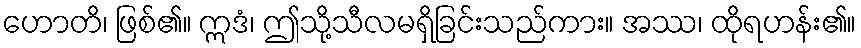
ဟောတိ၊ ဖြစ်၏။ ဣဒံ၊ ဤသို့သီလမရှိခြင်းသည်ကား။ အဿ၊ ထိုရဟန်း၏။